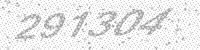
Solution: 291304